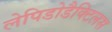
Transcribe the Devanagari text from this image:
लेपिडोडैक्टिलस